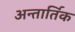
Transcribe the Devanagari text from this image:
अन्तार्तिक